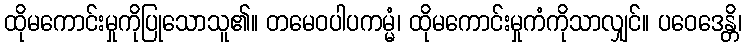
ထိုမကောင်းမှုကိုပြုသောသူ၏။ တမေဝပါပကမ္မံ၊ ထိုမကောင်းမှုကံကိုသာလျှင်။ ပဝေဒေန္တိ၊